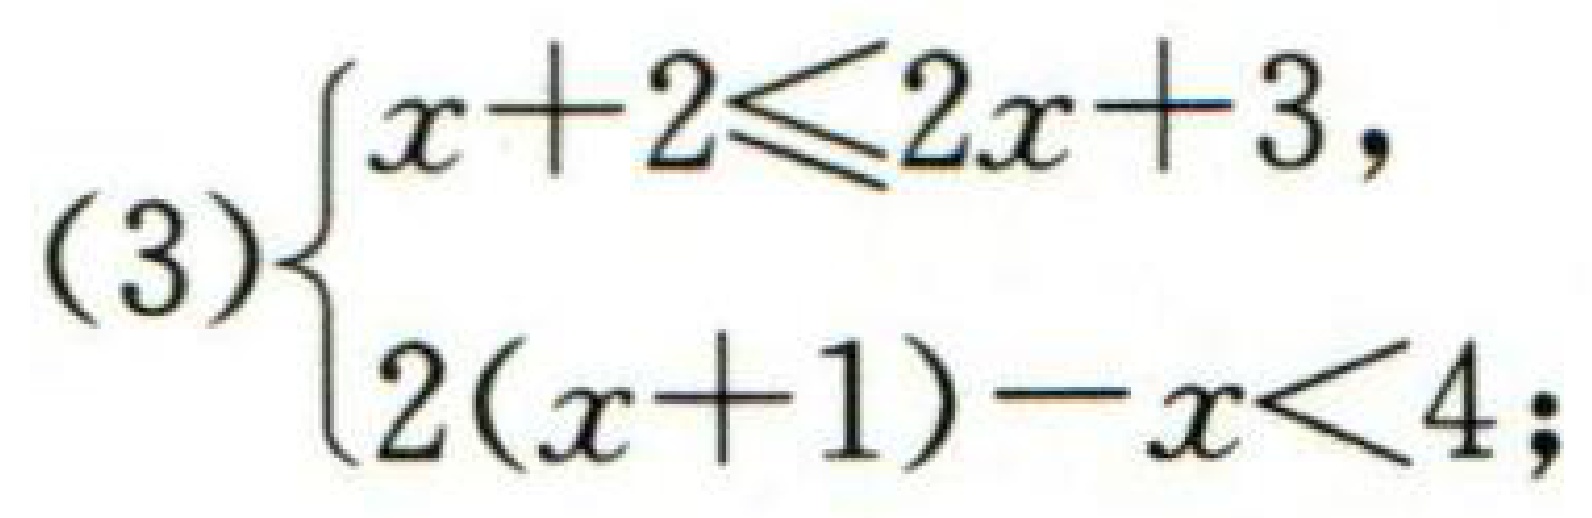
(3)$\begin{cases}

x + 2\leqslant2x + 3,\\

2(x + 1)-x<4;

\end{cases}$